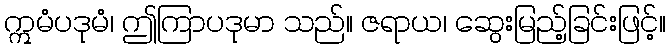
ဣမံပဒုမံ၊ ဤကြာပဒုမာ သည်။ ဇရာယ၊ ဆွေးမြည့်ခြင်းဖြင့်။